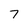
Character: 7